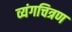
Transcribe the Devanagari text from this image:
व्यंगचित्रण